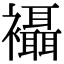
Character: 襵